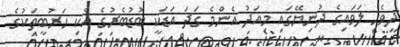
ދިވެހި ލަވައިގެ ދުނިޔޭގައި މިއަދު އެންމެ ގަދަ އަޑަކީ ބޮޑުބެރުގެ އެކި ހަރުބީތަކުގެ